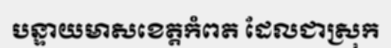
បន្ទាយមាសខេត្តកំពត ដែលជាស្រុក